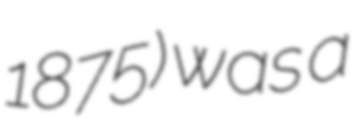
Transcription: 1875) was a